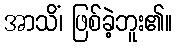
အာသိံ၊ ဖြစ်ခဲ့ဘူး၏။